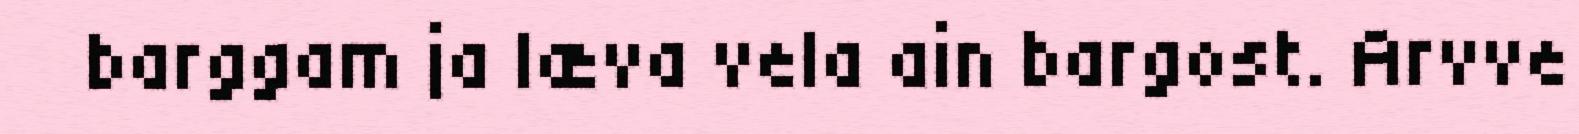
barggam ja læva vela ain bargost. Arvve